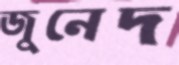
জুনেদ